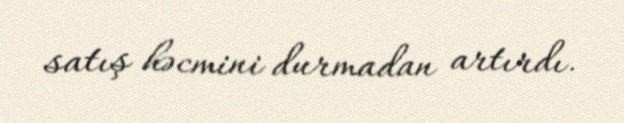
satış həcmini durmadan artırdı.